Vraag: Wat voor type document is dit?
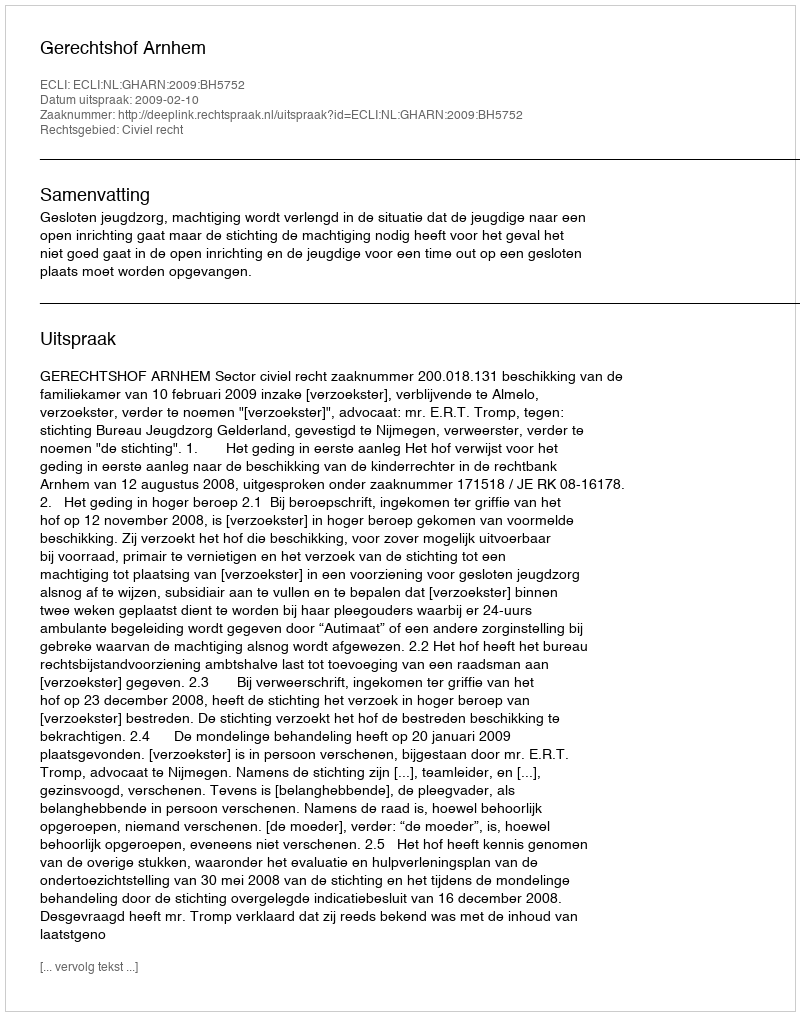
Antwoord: Uitspraak